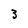
Character: 3